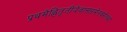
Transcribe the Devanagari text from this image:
प्रथमेह्नितृतीयेवासप्तमेनवमेतथा